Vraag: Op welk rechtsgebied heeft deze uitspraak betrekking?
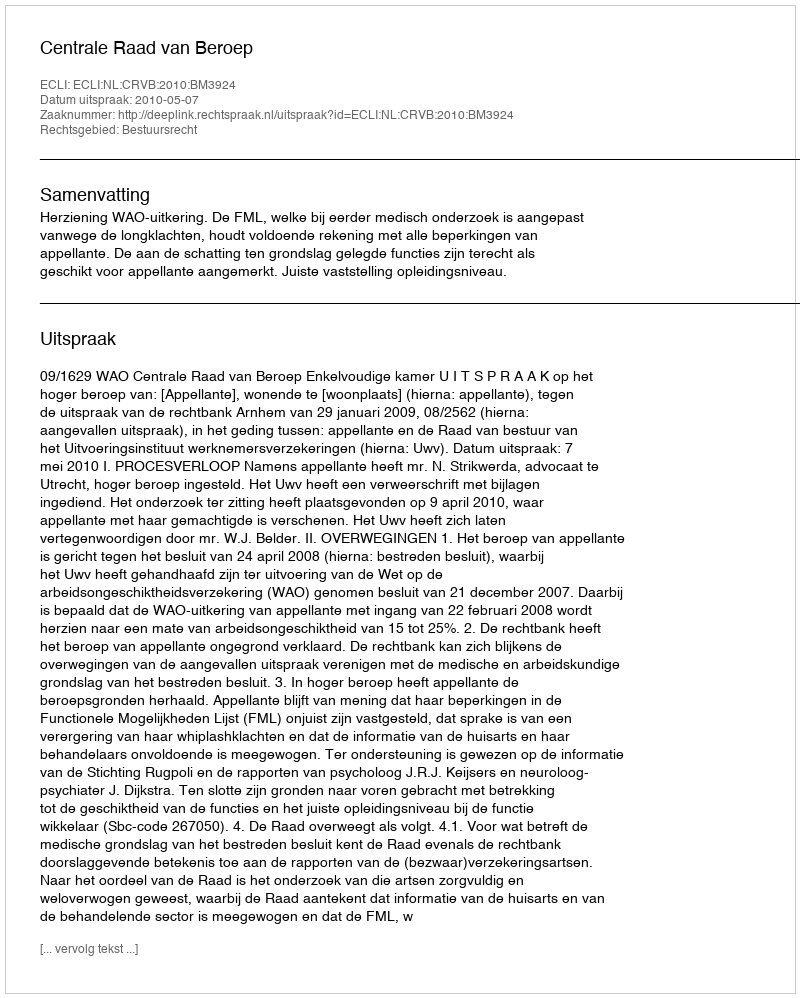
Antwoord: Bestuursrecht